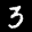
Label: 3